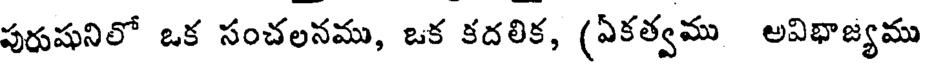
పురుషునిలో ఒక సంచలనము, ఒక కదలిక, (ఏకత్వము అవిభాజ్యము